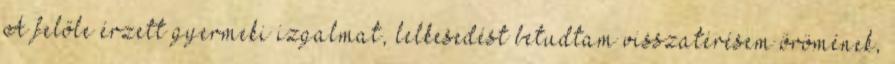
A felőle érzett gyermeki izgalmat, lelkesedést betudtam visszatérésem örömének,